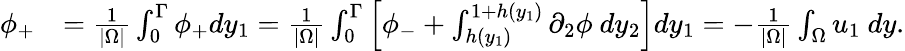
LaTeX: \begin{array}{rl}{\phi_{+}}&{=\frac{1}{|\Omega|}\int_{0}^{\Gamma}\phi_{+}dy_{1}=\frac{1}{|\Omega|}\int_{0}^{\Gamma}\left[\phi_{-}+\int_{h(y_{1})}^{1+h(y_{1})}\partial_{2}\phi\ dy_{2}\right]dy_{1}=-\frac{1}{|\Omega|}\int_{\Omega}u_{1}\ dy.}\end{array}